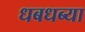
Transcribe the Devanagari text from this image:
धबधब्या